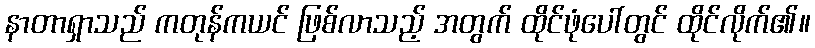
နာတာရှာသည် ကတုန်ကယင် ဖြစ်လာသည့် အတွက် ထိုင်ဖုံပေါ်တွင် ထိုင်လိုက်၏။